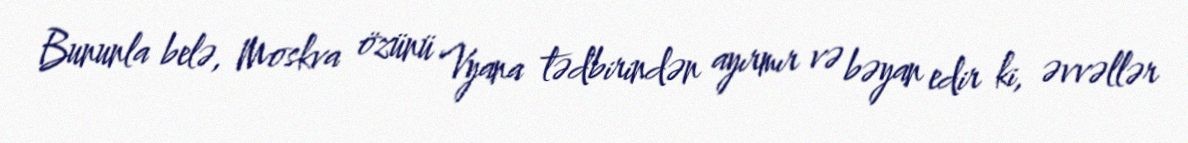
Bununla belə, Moskva özünü Vyana tədbirindən ayırmır və bəyan edir ki, əvvəllər